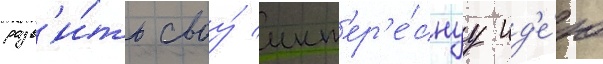
разв'и́ть своу́ инт'ер'е́снуу ид'е́ю